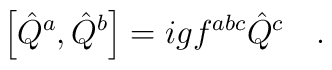
\left[\hat{Q}^a,\hat{Q}^b\right]=igf^{abc}\hat{Q}^c\ \ \ .